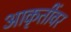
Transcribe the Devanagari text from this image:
आकृतींवर